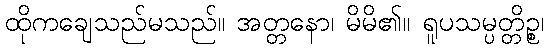
ထိုကချေသည်မသည်။ အတ္တနော၊ မိမိ၏။ ရူပသမ္ပတ္တိဉ္စ၊